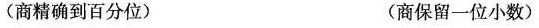
(商精确到百分位) (商保留一位小数)